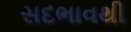
સદભાવથી